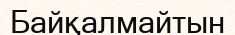
Байқалмайтын